Report of the Indian Hemp Drugs Commission, 1894-1895 - Volume VIII
Year: 1894
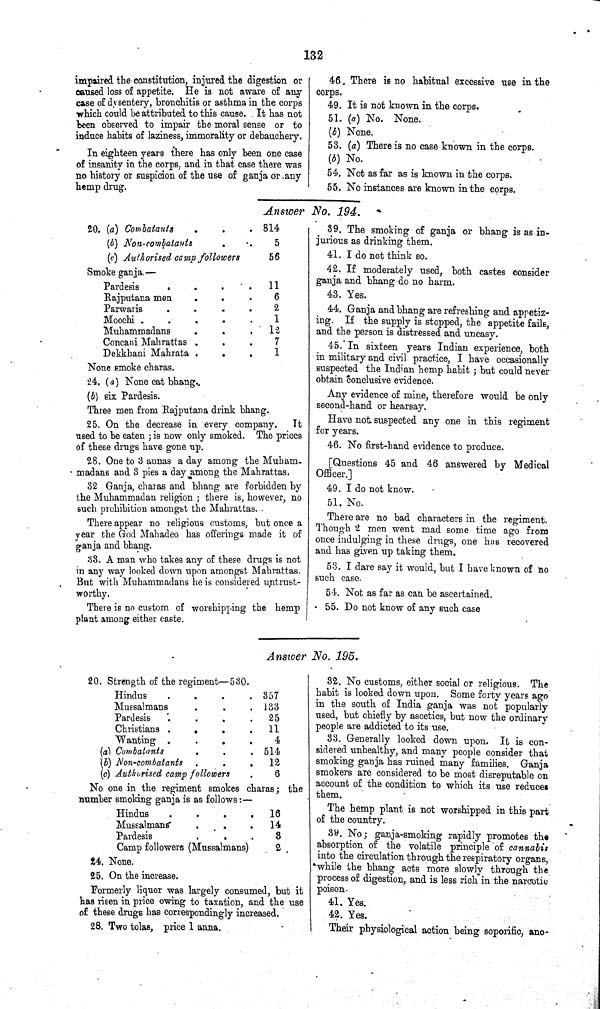
132
impaired the constitution, injured the digestion or
caused loss of appetite. He is not aware of any
case of dysentery, bronchitis or asthma in the corps
which could be attributed to this cause. It has not
been observed to impair the moral sense or to
induce habits of laziness, immorality or debauchery.
In eighteen years there has only been one case
of insanity in the corps, and in that case there was
no history or suspicion of the use of ganja or any
hemp drug.
46. There is no habitual excessive use in the
corps.
49. It is not known in the corps.
51. (a) No. None.
(b) None.
53. (a) There is no case known in the corps.
(b) No.
54. Not as far as is known in the corps.
55. No instances are known in the corps.
Answer No. 194.
20. (a) Combatants
814
(b) Non-combatants
5
(c) Authorised camp followers
56
Smoke ganja.—
Pardesis
11
Rajputana men
6
Parwaris
2
Moochi .
1
Muhammadans
12
Concani Mahrattas
7
Dekkhani Mahrata
1
None smoke charas.
24. (a) None eat bhang.
(b) six Pardesis.
Three men from Rajputana drink bhang.
25. On the decrease in every company.
It
used to be eaten; is now only smoked. The prices
of these drugs have gone up.
28. One to 3 annas a day among the Muham-
madans and 3 pies a day among the Mahrattas.
32 Ganja, charas and bhang are forbidden by
the Muhammadan religion; there is, however, no
such prohibition amongst the Mahrattas.
There appear no religious customs, but once a
year the God Mahadeo has offerings made it of
ganja and bhang.
33. A man who takes any of these drugs is not
in any way looked down upon amongst Mahrattas.
But with Muhammadans he is considered untrust¬
worthy.
There is no custom of worshipping the hemp
plant among either caste.
39. The smoking of ganja or bhang is as in¬
jurious as drinking them.
41. I do not think so.
42. If moderately used, both castes consider
ganja and bhang do no harm.
43. Yes.
44. Ganja and bhang are refreshing and appetiz¬
ing. If the supply is stopped, the appetite fails,
and the person is distressed and uneasy.
45. In sixteen years Indian experience, both
in military and civil practice, I have occasionally
suspected the Indian hemp habit; but could never
obtain conclusive evidence.
Any evidence of mine, therefore would be only
second-hand or hearsay.
Have not suspected any one in this regiment
for years.
46. No first-hand evidence to produce.
[Questions 45 and 46 answered by Medical
Officer.]
49. I do not know.
51. No.
There are no bad characters in the regiment.
Though 2 men went mad some time ago from
once indulging in these drugs, one has recovered
and has given up taking them.
53. I dare say it would, but I have known of no
such case.
54. Not as far as can be ascertained.
55. Do not know of any such case
Answer No. 195.
20. Strength of the regiment—530.
Hindus
357
Mussalmans
133
Pardesis
25
Christians
11
Wanting
4
(a) Combatants
514
(b) Non-combatants
12
(c) Authorised camp followers
6
No one in the regiment smokes charas; the
number smoking ganja is as follows:—
Hindus
16
Mussalmans
14
Pardesis
3
Camp followers (Mussalmans)
2
24. None.
25. On the increase.
Formerly liquor was largely consumed, but it
has risen in price owing to taxation, and the use
of these drugs has correspondingly increased.
28. Two tolas, price 1 anna.
32. No customs, either social or religious. The
habit is looked down upon. Some forty years ago
in the south of India ganja was not popularly
used, but chiefly by ascetics, but now the ordinary
people are addicted to its use.
33. Generally looked down upon. It is con¬
sidered unhealthy, and many people consider that
smoking ganja has ruined many families. Ganja
smokers are considered to be most disreputable on
account of the condition to which its use reduces
them.
The hemp plant is not worshipped in this part
of the country.
39. No; ganja-smoking rapidly promotes the
absorption of the volatile principle of cannabis
into the circulation through the respiratory organs,
while the bhang acts more slowly through the
process of digestion, and is less rich in the narcotic
poison.
41. Yes.
42. Yes.
Their physiological action being soporific, ano-